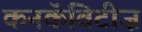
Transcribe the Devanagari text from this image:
कनकॅविटीज़